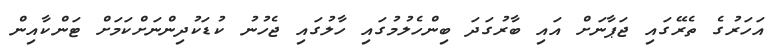
އަހަރުގެ ތެރޭގައި ޖަޕާނަށް އައި ބާރުގަދަ ބިންހެލުމުގައި ހާލުގައި ޖެހުނު ކުޑަކުދިންނަށްކަމަށް ޓަންކާއިން